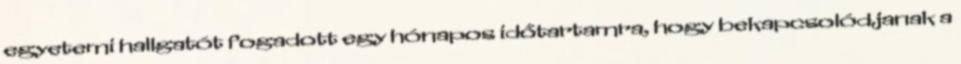
egyetemi hallgatót fogadott egy hónapos időtartamra, hogy bekapcsolódjanak a